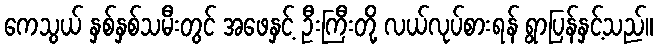
ကေသွယ် နှစ်နှစ်သမီးတွင် အဖေနှင့် ဦးကြီးတို့ လယ်လုပ်စားရန် ရွာပြန်နှင့်သည်။